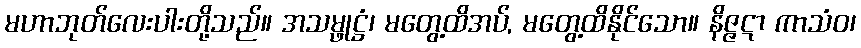
မဟာဘုတ်လေးပါးတို့သည်။ အသမ္ဖုဋ္ဌံ၊ မတွေ့ထိအပ်, မတွေ့ထိနိုင်သော။ နိဇ္ဇဋာ ကာသံဝ၊